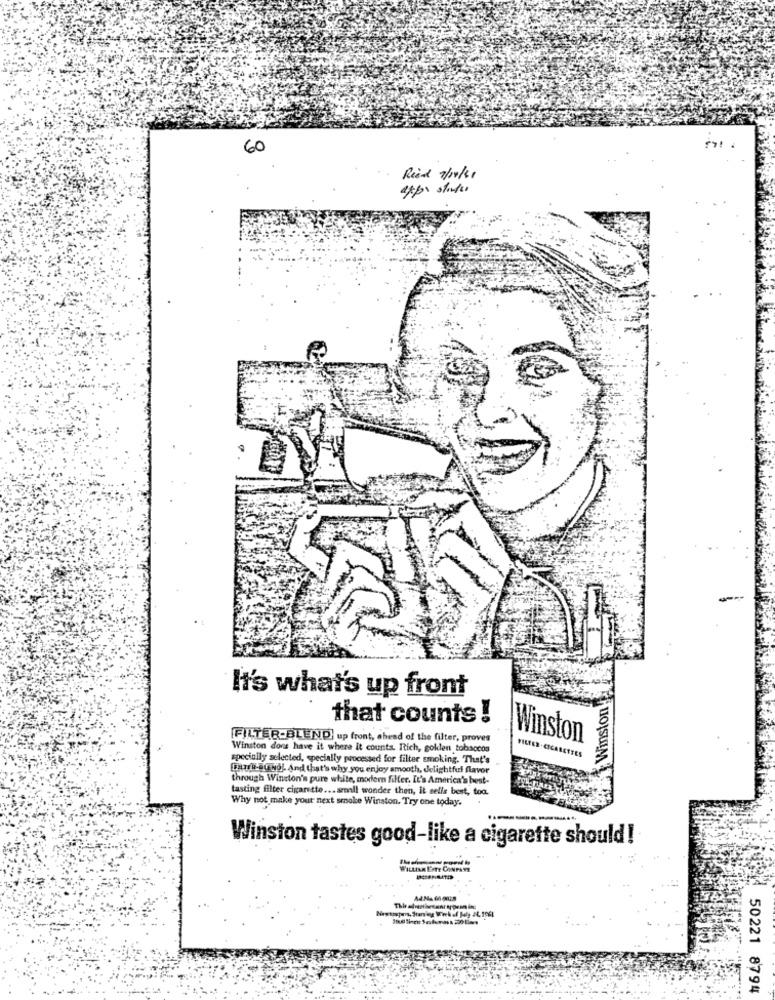
60
Read 7/02/11
apps state
It's what's up front
Winston
that counts !
[FILTER-BLEND] up front, ahead of the filter, proves
Winston
Winston dons have it where it counts. Itich, golden tobaccos
FILTER.CIGARETTES
specially selected, specially processed for filter smoking. That's
[url-@@wol. And that's why you enjoy smooth, delightful flavor
through Winston's pure white, morform filler. It's America's best-
tasting filter cigarette ... small wonder then, it selle best, too.
Why not make your next smoke Winston. Try one today.
----
Winston tastes good-like a cigarette should!
50221 8794